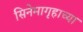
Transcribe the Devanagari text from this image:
सिनेमागृहाच्या